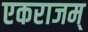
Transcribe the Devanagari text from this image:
एकराजम्